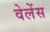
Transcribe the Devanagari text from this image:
वेलेंस